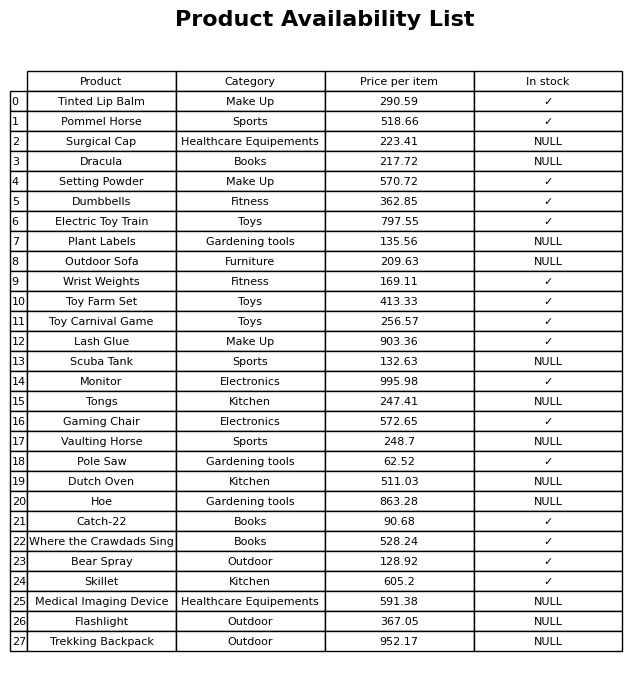
question: What is the stock status of the Wrist Weights?
answer: ✓